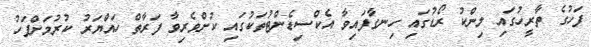
ފަހުގެ ތާރީހުގައި ލިންކު ރޯޑުގައި ހިނގާފައިވާ އެކްސިޑެންޓުތަކުގައި ކުށްވެރިވާ ފަރާތް ހައްޔަރު ކުރުމަށްފަހު